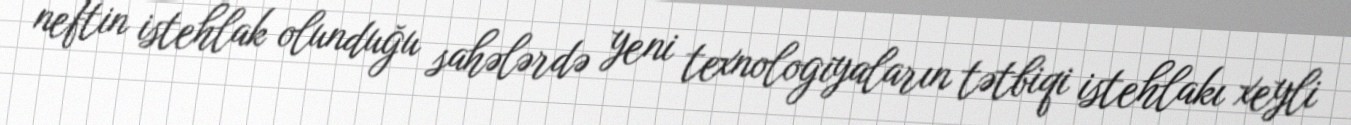
neftin istehlak olunduğu sahələrdə yeni texnologiyaların tətbiqi istehlakı xeyli